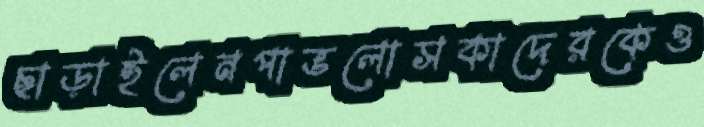
ছাড়াইলেনপাভলোসকাদেরকেও